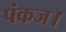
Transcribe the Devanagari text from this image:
पंकज।